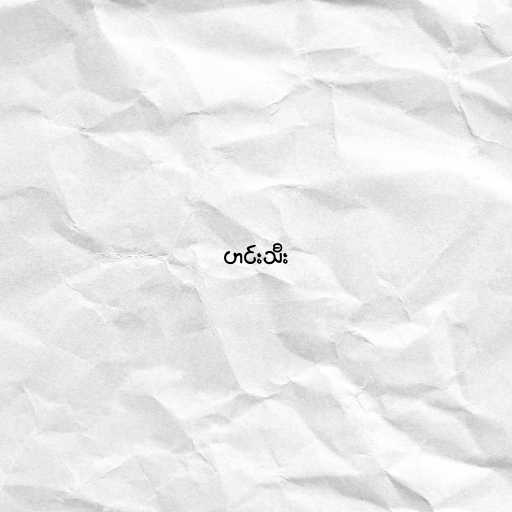
ဟင်းသီး